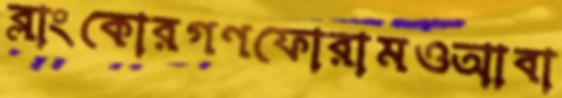
ব্লাংকোরগণফোরামওআবা